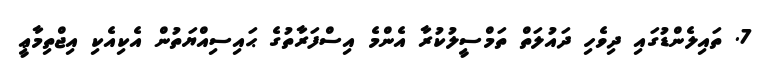
7. ތައިލެންޑުގައި ދިވެހި ދައުލަތް ތަމްސީލުކުރާ އެންމެ އިސްފަރާތުގެ ޙައިސިއްޔަތުން އެކިއެކި އިޖްތިމާޢީ